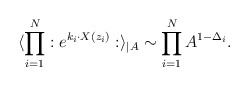
\begin{align*}\langle \prod_{i=1}^{N}:e^{k_{i}\cdot X(z_{i})}:\rangle _{\mid A}\sim\prod_{i=1}^{N}A^{1-\Delta _{i}}.\end{align*}